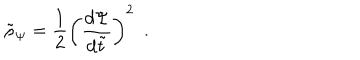
\tilde { \rho } _ { \Psi } = { \frac { 1 } { 2 } } \left( { \frac { d \Psi } { d \tilde { t } } } \right) ^ { 2 } \ \ .